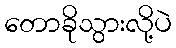
တောခိုသွားလို့ပဲ